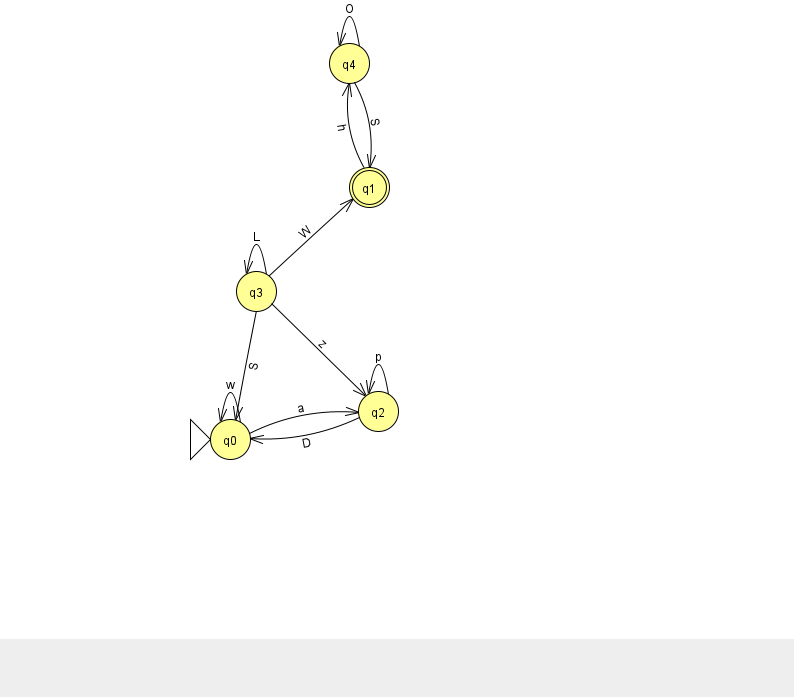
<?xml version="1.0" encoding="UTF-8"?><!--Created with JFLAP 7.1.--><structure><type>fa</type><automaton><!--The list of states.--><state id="0" name="q0"><x>230.0</x><y>426.0</y><initial/></state><state id="1" name="q1"><x>369.0</x><y>174.0</y><final/></state><state id="2" name="q2"><x>378.0</x><y>398.0</y></state><state id="3" name="q3"><x>256.0</x><y>278.0</y></state><state id="4" name="q4"><x>349.0</x><y>50.0</y></state><!--The list of transitions.--><transition><from>2</from><to>2</to><read>p</read></transition><transition><from>0</from><to>0</to><read>w</read></transition><transition><from>4</from><to>1</to><read>S</read></transition><transition><from>2</from><to>0</to><read>D</read></transition><transition><from>3</from><to>0</to><read>S</read></transition><transition><from>0</from><to>2</to><read>a</read></transition><transition><from>1</from><to>4</to><read>h</read></transition><transition><from>3</from><to>3</to><read>L</read></transition><transition><from>3</from><to>1</to><read>W</read></transition><transition><from>3</from><to>2</to><read>z</read></transition><transition><from>4</from><to>4</to><read>O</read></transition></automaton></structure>